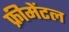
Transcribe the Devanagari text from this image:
फ्रीमेंटल